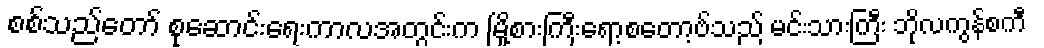
စစ်သည်တော် စုဆောင်းရေးကာလအတွင်းက မြို့စားကြီးရော့စတော့ဗ်သည် မင်းသားကြီး ဘိုလကွန်စကီ